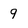
Character: 9